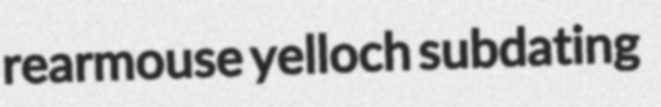
rearmouse yelloch subdating